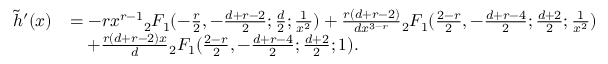
\begin{array} { r l } { \tilde { h } ^ { \prime } ( x ) } & { = - r x ^ { r - 1 } { _ 2 F _ { 1 } } ( - \frac { r } { 2 } , - \frac { d + r - 2 } { 2 } ; \frac { d } { 2 } ; \frac { 1 } { x ^ { 2 } } ) + \frac { r ( d + r - 2 ) } { d x ^ { 3 - r } } { _ 2 F _ { 1 } } ( \frac { 2 - r } { 2 } , - \frac { d + r - 4 } { 2 } ; \frac { d + 2 } { 2 } ; \frac { 1 } { x ^ { 2 } } ) } \\ & { \quad + \frac { r ( d + r - 2 ) x } { d } { _ 2 F _ { 1 } } ( \frac { 2 - r } { 2 } , - \frac { d + r - 4 } { 2 } ; \frac { d + 2 } { 2 } ; 1 ) . } \end{array}